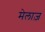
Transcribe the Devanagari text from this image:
मेलाज़